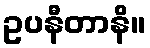
ဥပနီတာနိ။